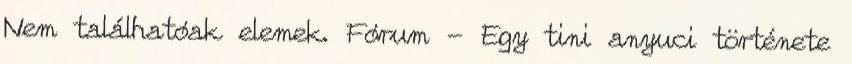
Nem találhatóak elemek. Fórum - Egy tini anyuci története